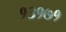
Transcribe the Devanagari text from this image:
१३१७१